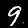
Digit: 9